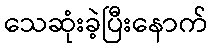
သေဆုံးခဲ့ပြီးနောက်